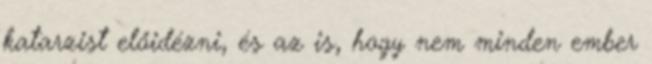
katarzist előidézni, és az is, hogy nem minden ember